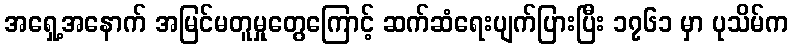
အရှေ့အနောက် အမြင်မတူမှုတွေကြောင့် ဆက်ဆံရေးပျက်ပြားပြီး ၁၇၆၁ မှာ ပုသိမ်က